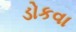
ડોકવા